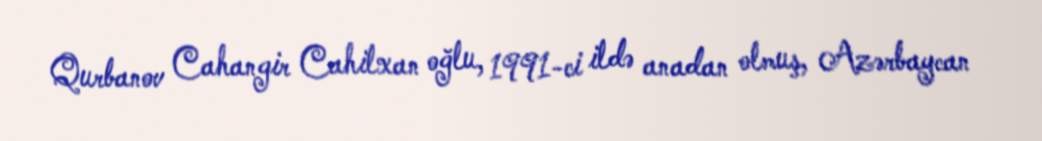
Qurbanov Cahangir Cahilxan oğlu, 1991-ci ildə anadan olmuş, Azərbaycan